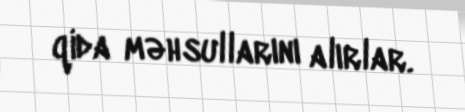
qida məhsullarını alırlar.